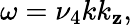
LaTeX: \omega=\nu_{4}kk_{\mathbf{z}},